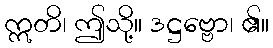
ဣတိ၊ ဤသို့။ ဒဋ္ဌဗ္ဗော၊ ၏။